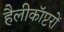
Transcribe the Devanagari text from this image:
हैलीकॉप्टरों